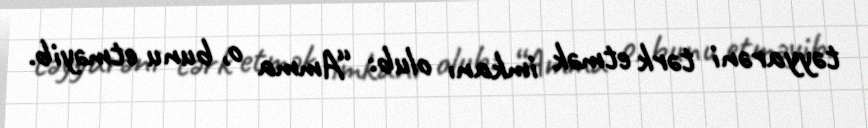
təyyarəni tərk etmək imkanı olub: “Amma o, bunu etməyib.